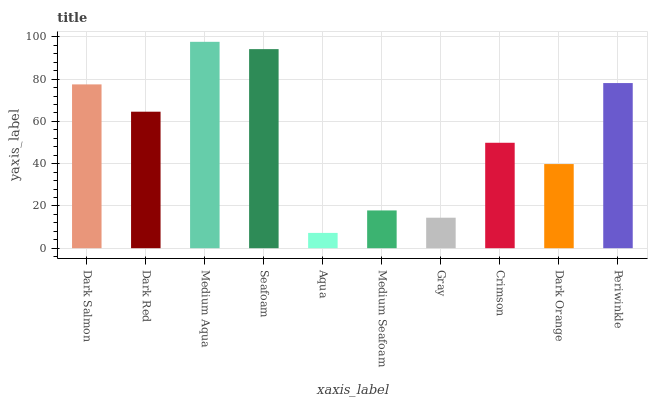
| xaxis_label | bars |
 | --- | --- |
 | Dark Salmon | 77.5 |
 | Dark Red | 64.6 |
 | Medium Aqua | 97.7 |
 | Seafoam | 94.2 |
 | Aqua | 7.24 |
 | Medium Seafoam | 17.9 |
 | Gray | 14.4 |
 | Crimson | 49.9 |
 | Dark Orange | 39.8 |
 | Periwinkle | 78.1 |